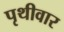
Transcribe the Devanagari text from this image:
पृथीवार